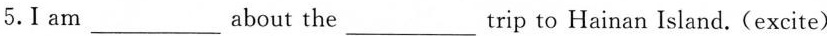
5. I am ___ about the ___ trip to Hainan Island. (excite)